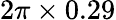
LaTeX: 2\pi\times 0.29